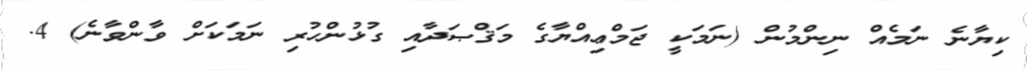
ކިޔާނެ ނަމެއް ނިންމުން (ނަމަކީ ޖަމްޢިއްޔާގެ މަޤްޞަދާއި ގުޅުންހުރި ނަމަކަށް ވާންވާނެ) 4.